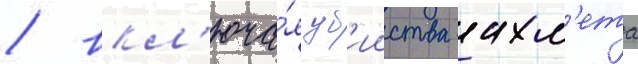
/ вкл'юча́я уб'ииства ахм'ета